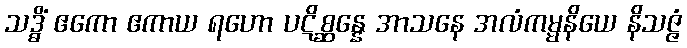
သဒ္ဓိံ ဧကော ဧကာယ ရဟော ပဋိစ္ဆန္နေ အာသနေ အလံကမ္မနိယေ နိသဇ္ဇံ